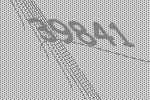
39841